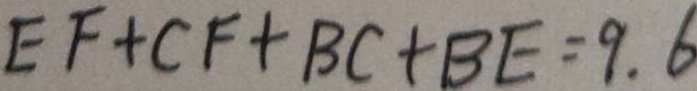
E F + C F + B C + B E = 9 . 6